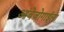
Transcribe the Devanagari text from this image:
आंबेजोगाईला